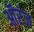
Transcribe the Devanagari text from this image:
ऑरंज